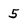
Character: 5